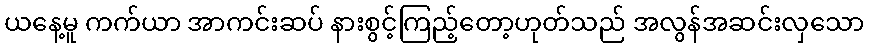
ယနေ့မူ ကက်ယာ အာကင်းဆပ် နားစွင့်ကြည့်တော့ဟုတ်သည် အလွန်အဆင်းလှသော